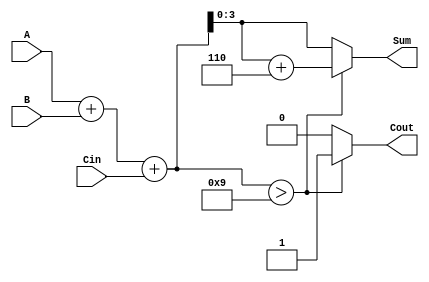
module BCD_Adder (
    input  wire [3:0] A,      // First BCD digit
    input  wire [3:0] B,      // Second BCD digit
    input  wire Cin,          // Carry input
    output reg  [3:0] Sum,    // BCD sum output
    output reg  Cout          // Carry output
);

    // Intermediate wire for the initial binary sum
    wire [4:0] TempSum;

    // Compute the initial sum
    assign TempSum = A + B + Cin;

    always @(*) begin
        // Check if TempSum exceeds BCD limit (9)
        if (TempSum > 9) begin
            Sum = TempSum + 6; // Correct the sum by adding 6
            Cout = 1;          // Set carry output
        end else begin
            Sum = TempSum;     // No correction needed
            Cout = 0;          // No carry output
        end
    end

endmodule